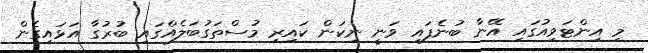
މި އިންޓަވިއުގައި އޭނާ ބުނެފައި ވަނީ ނިކަން ކައިރި މުސްތަގުބަލެއްގައި ބުރުގާ އަޅައިގެން